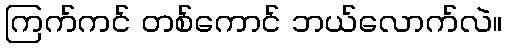
ကြက်ကင် တစ်ကောင် ဘယ်လောက်လဲ။